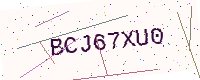
Text: BCJ67XU0